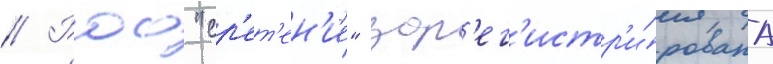
// Роо "ср'ет'ен'ие" зар'ег'истр'и́рована